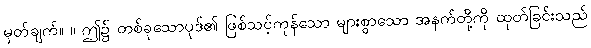
မှတ်ချက်။ ။ ဤ၌ တစ်ခုသောပုဒ်၏ ဖြစ်သင့်ကုန်သော များစွာသော အနက်တို့ကို ထုတ်ခြင်းသည်